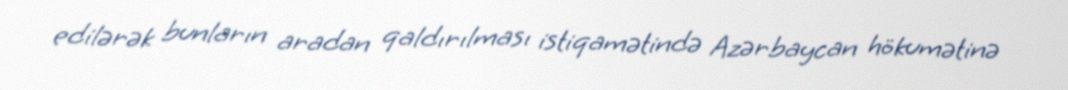
edilərək bunların aradan qaldırılması istiqamətində Azərbaycan hökumətinə